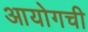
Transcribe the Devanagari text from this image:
आयोगची